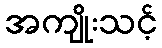
အကျိုးသင့်